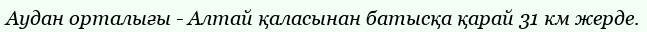
Аудан орталығы - Алтай қаласынан батысқа қарай 31 км жерде.